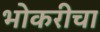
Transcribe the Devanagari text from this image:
भोकरीचा